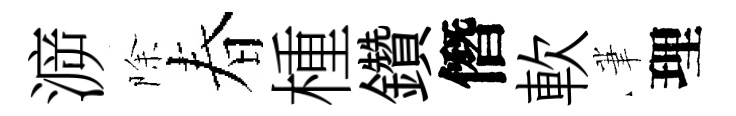
㴑除春㮔鑽僭軟茟理